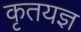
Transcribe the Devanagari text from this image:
कृतयज्ञ